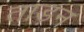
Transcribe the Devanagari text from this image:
ताड़न